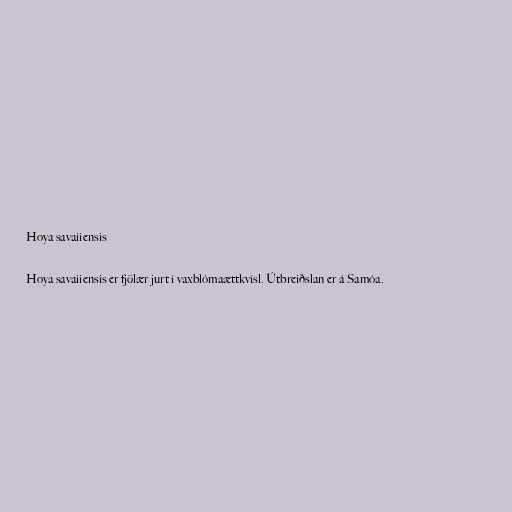
Hoya savaiiensis

Hoya savaiiensis er fjölær jurt í vaxblómaættkvísl. Útbreiðslan er á Samóa.